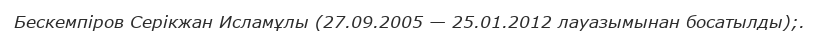
Бескемпіров Серікжан Исламұлы (27.09.2005 — 25.01.2012 лауазымынан босатылды);.